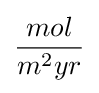
{\frac {mol}{m^{2}yr}}